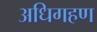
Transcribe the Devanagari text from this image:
अधिगहण